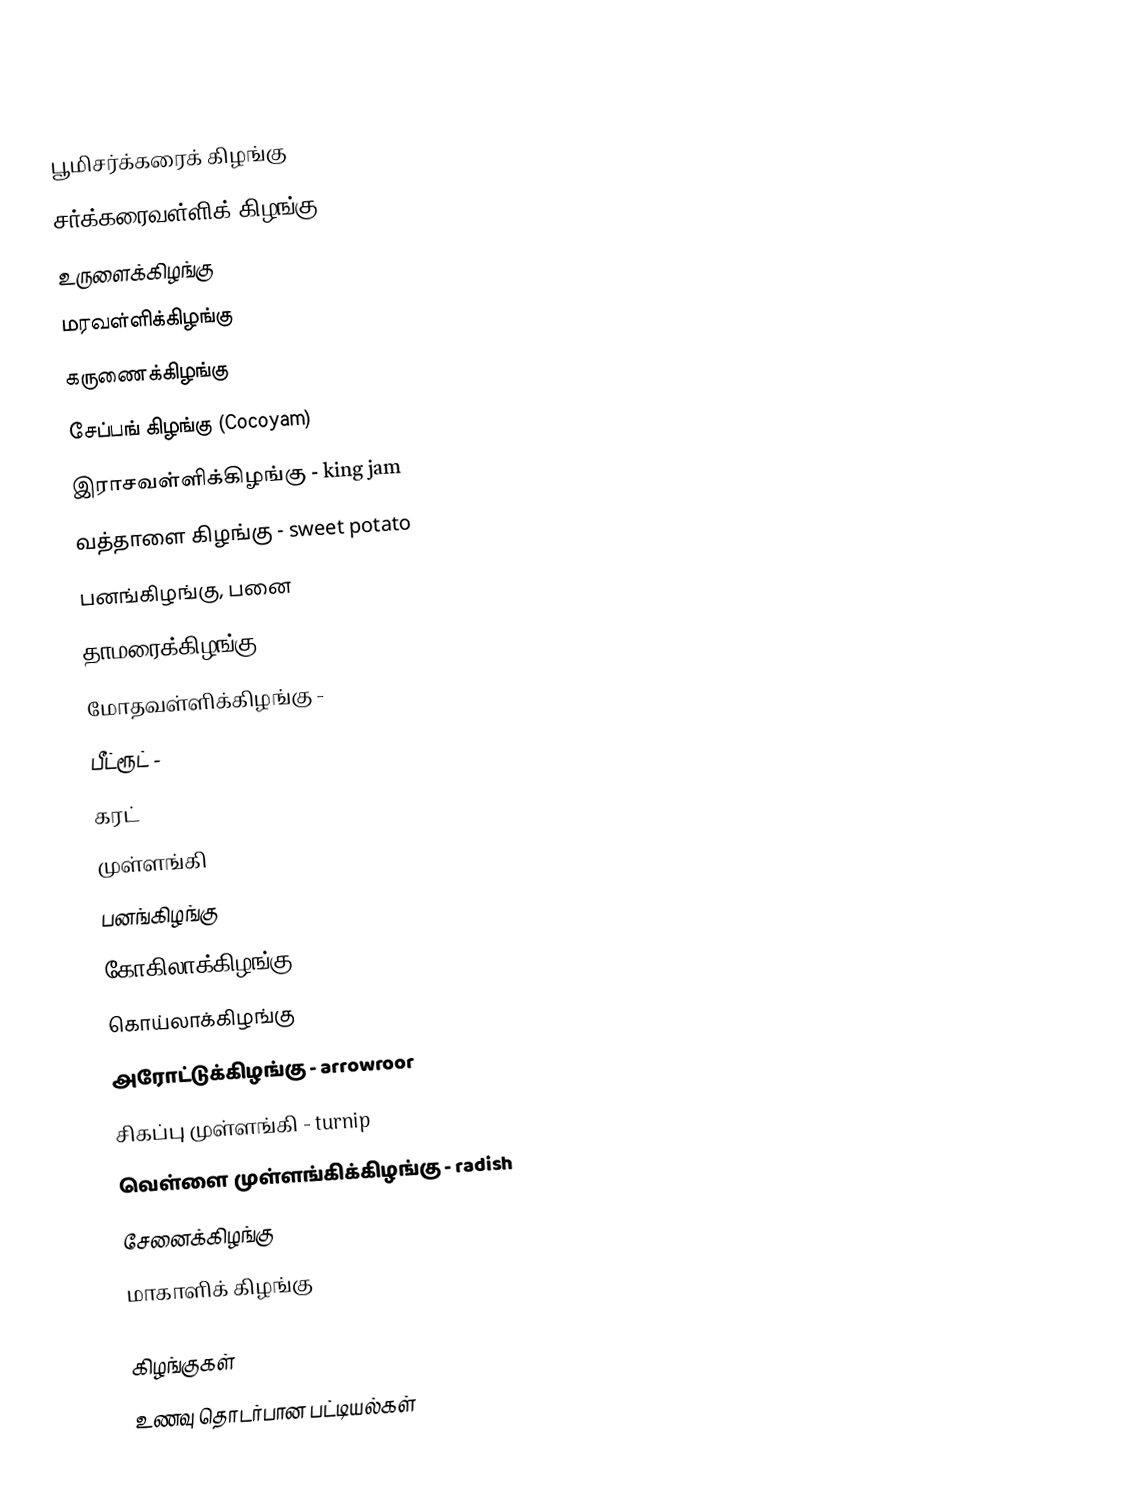
பூமிசர்க்கரைக் கிழங்கு
 சர்க்கரைவள்ளிக் கிழங்கு
 உருளைக்கிழங்கு
 மரவள்ளிக்கிழங்கு
 கருணைக்கிழங்கு
 சேப்பங் கிழங்கு (Cocoyam)
 இராசவள்ளிக்கிழங்கு - king jam
 வத்தாளை கிழங்கு - sweet potato
 பனங்கிழங்கு, பனை
 தாமரைக்கிழங்கு
 மோதவள்ளிக்கிழங்கு -
 பீட்ரூட் -
 கரட்
 முள்ளங்கி
 பனங்கிழங்கு
 கோகிலாக்கிழங்கு
 கொய்லாக்கிழங்கு
 அரோட்டுக்கிழங்கு - arrowroor
 சிகப்பு முள்ளங்கி - turnip
 வெள்ளை முள்ளங்கிக்கிழங்கு - radish
 சேனைக்கிழங்கு
 மாகாளிக் கிழங்கு

கிழங்குகள்
உணவு தொடர்பான பட்டியல்கள்